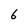
Character: 6